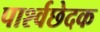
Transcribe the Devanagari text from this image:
पार्श्वछेदक